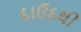
દાઉદથી